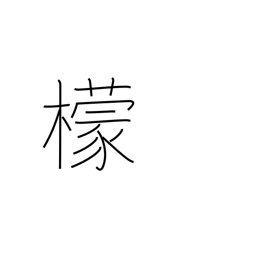
Meaning: lemon tree